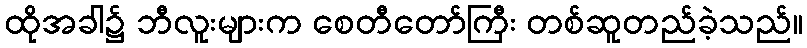
ထိုအခါ၌ ဘီလူးများက စေတီတော်ကြီး တစ်ဆူတည်ခဲ့သည်။